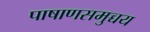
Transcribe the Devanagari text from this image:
पाषाणसमुच्चय